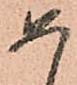
め